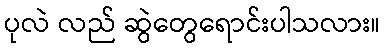
ပုလဲ လည် ဆွဲတွေရောင်းပါသလား။